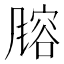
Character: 𬲄